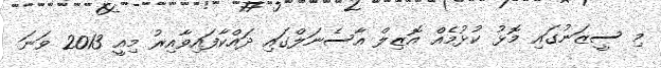
މި ސީޒަނުގައި މޮޅު ކުޅުމެއް އޮޒިލް އާސެނަލްގައި ދައްކާފައިވާއިރު މިއީ 2013 ވަނަ